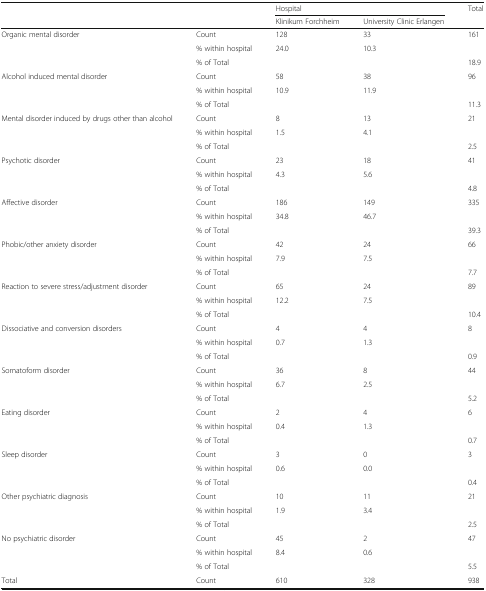
<table><thead><tr><td rowspan="2" colspan="2"></td><td colspan="2"><b>Hospital</b></td><td rowspan="2"><b>Total</b></td></tr><tr><td><b>Klinikum Forchheim</b></td><td><b>University Clinic Erlangen</b></td></tr></thead><tbody><tr><td rowspan="3">Organic mental disorder</td><td>Count</td><td>128</td><td>33</td><td>161</td></tr><tr><td>% within hospital</td><td>24.0</td><td>10.3</td><td></td></tr><tr><td>% of Total</td><td></td><td></td><td>18.9</td></tr><tr><td rowspan="3">Alcohol induced mental disorder</td><td>Count</td><td>58</td><td>38</td><td>96</td></tr><tr><td>% within hospital</td><td>10.9</td><td>11.9</td><td></td></tr><tr><td>% of Total</td><td></td><td></td><td>11.3</td></tr><tr><td rowspan="3">Mental disorder induced by drugs other than alcohol</td><td>Count</td><td>8</td><td>13</td><td>21</td></tr><tr><td>% within hospital</td><td>1.5</td><td>4.1</td><td></td></tr><tr><td>% of Total</td><td></td><td></td><td>2.5</td></tr><tr><td rowspan="3">Psychotic disorder</td><td>Count</td><td>23</td><td>18</td><td>41</td></tr><tr><td>% within hospital</td><td>4.3</td><td>5.6</td><td></td></tr><tr><td>% of Total</td><td></td><td></td><td>4.8</td></tr><tr><td rowspan="3">Affective disorder</td><td>Count</td><td>186</td><td>149</td><td>335</td></tr><tr><td>% within hospital</td><td>34.8</td><td>46.7</td><td></td></tr><tr><td>% of Total</td><td></td><td></td><td>39.3</td></tr><tr><td rowspan="3">Phobic/other anxiety disorder</td><td>Count</td><td>42</td><td>24</td><td>66</td></tr><tr><td>% within hospital</td><td>7.9</td><td>7.5</td><td></td></tr><tr><td>% of Total</td><td></td><td></td><td>7.7</td></tr><tr><td rowspan="3">Reaction to severe stress/adjustment disorder</td><td>Count</td><td>65</td><td>24</td><td>89</td></tr><tr><td>% within hospital</td><td>12.2</td><td>7.5</td><td></td></tr><tr><td>% of Total</td><td></td><td></td><td>10.4</td></tr><tr><td rowspan="3">Dissociative and conversion disorders</td><td>Count</td><td>4</td><td>4</td><td>8</td></tr><tr><td>% within hospital</td><td>0.7</td><td>1.3</td><td></td></tr><tr><td>% of Total</td><td></td><td></td><td>0.9</td></tr><tr><td rowspan="3">Somatoform disorder</td><td>Count</td><td>36</td><td>8</td><td>44</td></tr><tr><td>% within hospital</td><td>6.7</td><td>2.5</td><td></td></tr><tr><td>% of Total</td><td></td><td></td><td>5.2</td></tr><tr><td rowspan="3">Eating disorder</td><td>Count</td><td>2</td><td>4</td><td>6</td></tr><tr><td>% within hospital</td><td>0.4</td><td>1.3</td><td></td></tr><tr><td>% of Total</td><td></td><td></td><td>0.7</td></tr><tr><td rowspan="3">Sleep disorder</td><td>Count</td><td>3</td><td>0</td><td>3</td></tr><tr><td>% within hospital</td><td>0.6</td><td>0.0</td><td></td></tr><tr><td>% of Total</td><td></td><td></td><td>0.4</td></tr><tr><td rowspan="3">Other psychiatric diagnosis</td><td>Count</td><td>10</td><td>11</td><td>21</td></tr><tr><td>% within hospital</td><td>1.9</td><td>3.4</td><td></td></tr><tr><td>% of Total</td><td></td><td></td><td>2.5</td></tr><tr><td rowspan="3">No psychiatric disorder</td><td>Count</td><td>45</td><td>2</td><td>47</td></tr><tr><td>% within hospital</td><td>8.4</td><td>0.6</td><td></td></tr><tr><td>% of Total</td><td></td><td></td><td>5.5</td></tr><tr><td>Total</td><td>Count</td><td>610</td><td>328</td><td>938</td></tr></tbody></table>